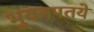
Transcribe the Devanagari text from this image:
भुवनपतये